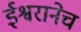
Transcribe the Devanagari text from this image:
ईश्वरानेच